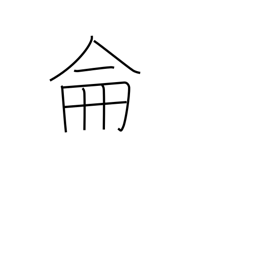
Meaning: be methodical